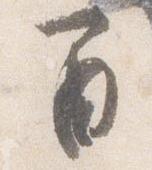
間